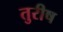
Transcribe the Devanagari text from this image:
तुरीष